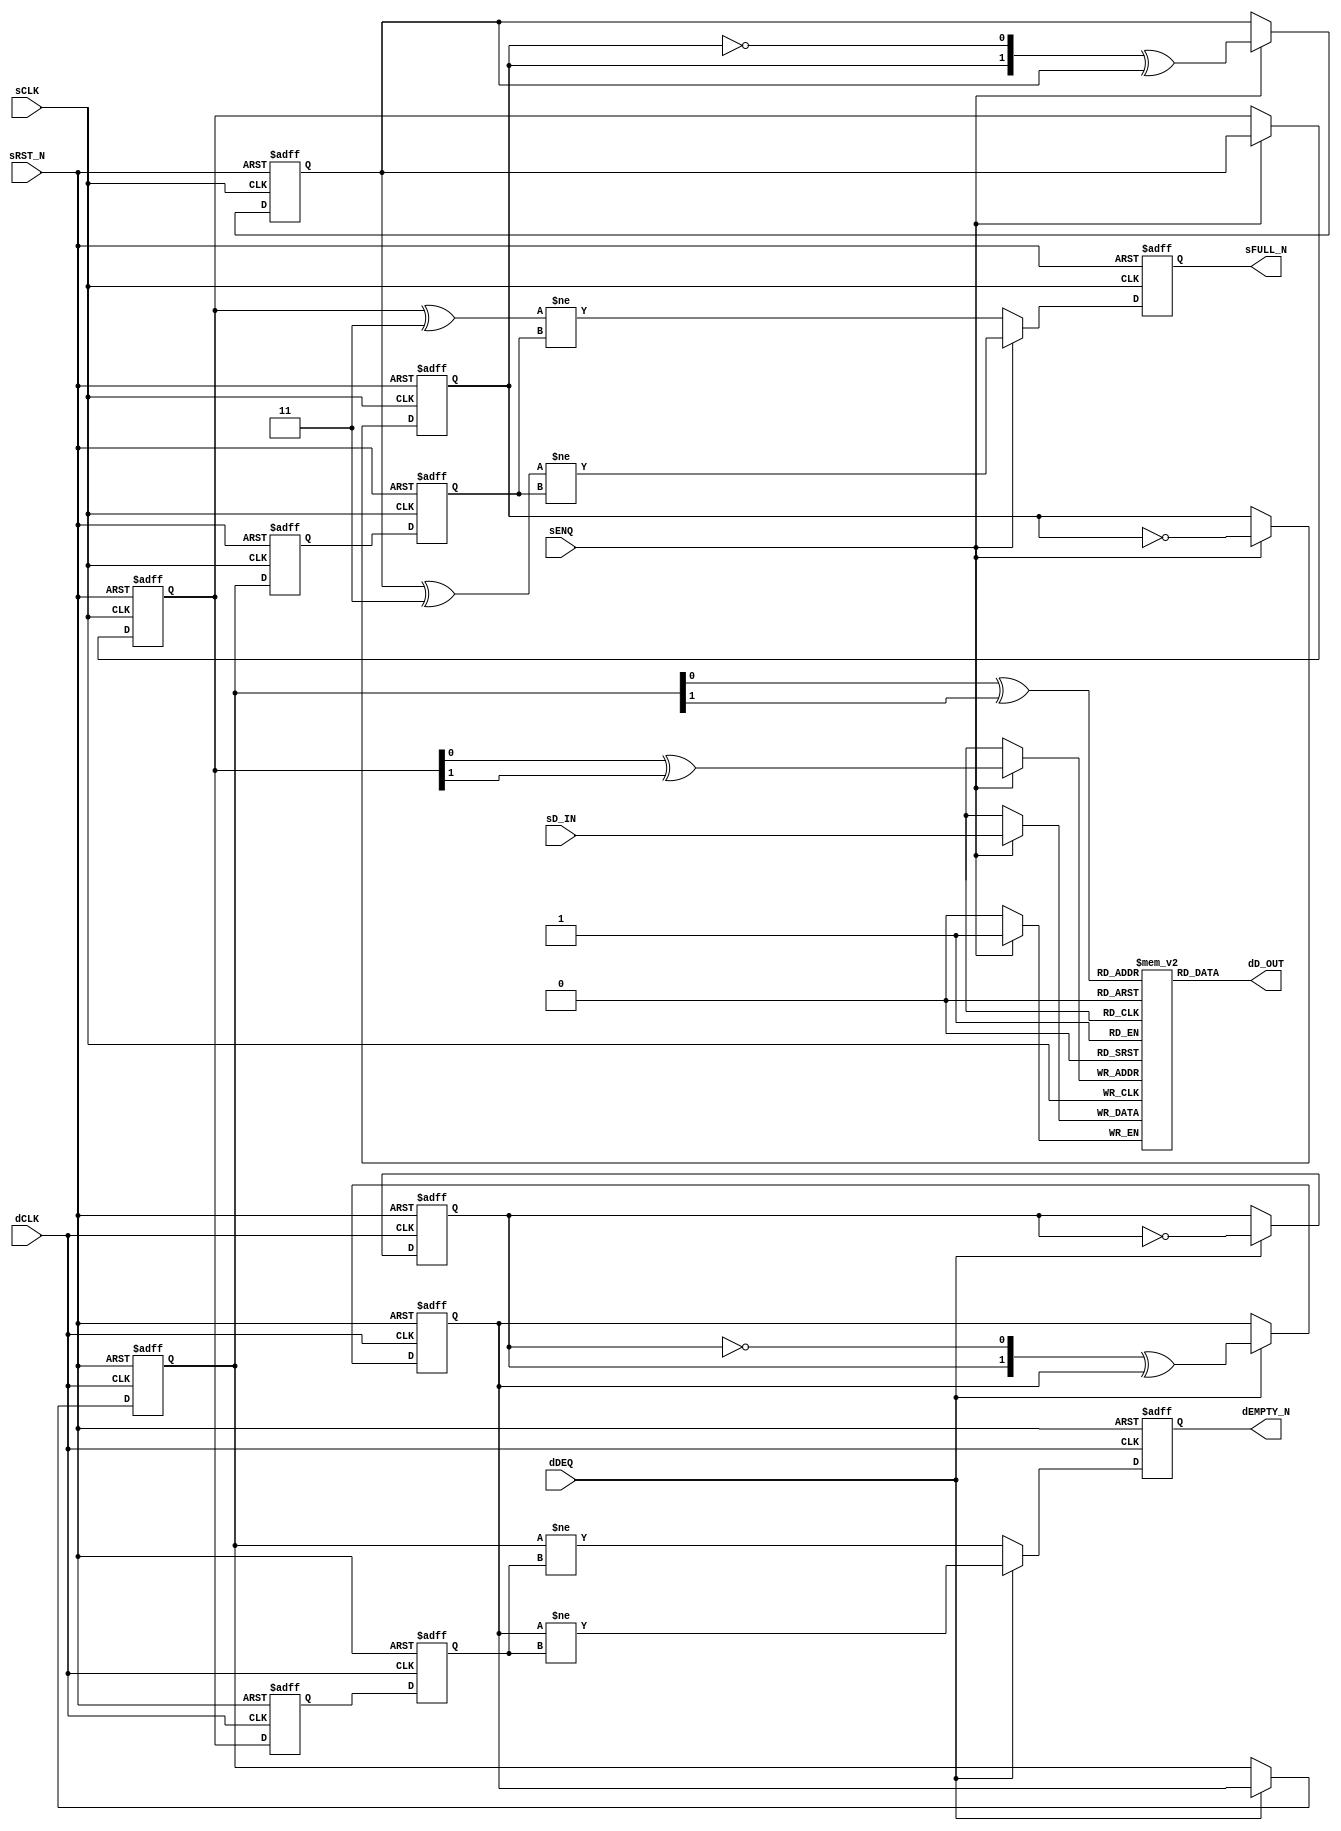

// Copyright (c) 2000-2009 Bluespec, Inc.

// Permission is hereby granted, free of charge, to any person obtaining a copy
// of this software and associated documentation files (the "Software"), to deal
// in the Software without restriction, including without limitation the rights
// to use, copy, modify, merge, publish, distribute, sublicense, and/or sell
// copies of the Software, and to permit persons to whom the Software is
// furnished to do so, subject to the following conditions:

// The above copyright notice and this permission notice shall be included in
// all copies or substantial portions of the Software.

// THE SOFTWARE IS PROVIDED "AS IS", WITHOUT WARRANTY OF ANY KIND, EXPRESS OR
// IMPLIED, INCLUDING BUT NOT LIMITED TO THE WARRANTIES OF MERCHANTABILITY,
// FITNESS FOR A PARTICULAR PURPOSE AND NONINFRINGEMENT. IN NO EVENT SHALL THE
// AUTHORS OR COPYRIGHT HOLDERS BE LIABLE FOR ANY CLAIM, DAMAGES OR OTHER
// LIABILITY, WHETHER IN AN ACTION OF CONTRACT, TORT OR OTHERWISE, ARISING FROM,
// OUT OF OR IN CONNECTION WITH THE SOFTWARE OR THE USE OR OTHER DEALINGS IN
// THE SOFTWARE.
//
// $Revision: 17872 $
// $Date: 2009-09-18 14:32:56 +0000 (Fri, 18 Sep 2009) $

`ifdef BSV_ASSIGNMENT_DELAY
`else
`define BSV_ASSIGNMENT_DELAY
`endif

// A clock synchronization FIFO where the enqueue and dequeue sides are in 
// different clock domains.
// There are no restrictions w.r.t. clock frequencies
// The depth of the FIFO must be a power of 2 (2,4,8,...) since the
// indexing uses a grey code counter.
// FULL and EMPTY signal are pessimistic, that is, they are asserted
// immediately when the FIFO becomes FULL or EMPTY, but their deassertion
// is delayed due to synchronization latency.
module SyncFIFO(
                sCLK,
                sRST_N,
                dCLK,
                sENQ,
                sD_IN,
                sFULL_N,
                dDEQ,
                dD_OUT,
                dEMPTY_N
                ) ;

   // synopsys template   

   parameter                 dataWidth = 1 ;
   parameter                 depth = 2 ; // minimum 2
   parameter                 indxWidth = 1 ; // minimum 1
   parameter                 regFull = 1;
   parameter                 regEmpty = 1;
   
   // input clock domain ports
   input                     sCLK ;
   input                     sRST_N ;
   input                     sENQ ;
   input [dataWidth -1 : 0]  sD_IN ;
   output                    sFULL_N ;
   
   // destination clock domain ports
   input                     dCLK ;
   input                     dDEQ ;
   output                    dEMPTY_N ;
   output [dataWidth -1 : 0] dD_OUT ;
   
   // constants for bit masking of the gray code
   wire [indxWidth : 0]      msbset = 'b1 << indxWidth ;
   wire [indxWidth - 1 : 0]  msb2set = 'b1 << (indxWidth -1) ;
   wire [indxWidth : 0]      msb12set = msbset | {1'b0, msb2set} ; // 'b11000...

   // FIFO Memory
   reg [dataWidth -1 : 0]    fifoMem [0: depth -1 ] ;

   // Enqueue Pointer support
   reg [indxWidth : 0]       sGEnqPtr, sGEnqPtr1 ; // Flops
   reg                       sNotFullReg ;
   reg                       sGToggle;   
   wire                      sNextNotFull, sFutureNotFull ;   

   // Dequeue Pointer support
   reg [indxWidth : 0]       dGDeqPtr, dGDeqPtr1 ; // Flops
   reg                       dNotEmptyReg ;
   reg                       dGToggle;
   
   wire                      dNextNotEmpty, dFutureNotEmpty;

   // Reset generation
   wire                      dRST_N ;
   
   // flops to sychronize enqueue and dequeue point across domains
   reg [indxWidth : 0]       dSyncReg1, dEnqPtr ;
   reg [indxWidth : 0]       sSyncReg1, sDeqPtr ;
   
   wire [indxWidth - 1 :0]   sEnqPtrIndx, dDeqPtrIndx ;

   // Resets
   assign                    dRST_N = sRST_N ;
   
   // Outputs
   assign                    dD_OUT   = fifoMem[dDeqPtrIndx] ;   
   assign                    dEMPTY_N = regEmpty ? dNotEmptyReg : dNextNotEmpty ;
   assign                    sFULL_N  = regFull  ? sNotFullReg  : sNextNotFull ;
   

   // Indexes are truncated from the Gray counter
   assign                    sEnqPtrIndx = sGEnqPtr[indxWidth-1:0] ^ (sGEnqPtr[indxWidth:1] & msb2set ) ;
   assign                    dDeqPtrIndx = dGDeqPtr[indxWidth-1:0] ^ (dGDeqPtr[indxWidth:1] & msb2set ) ;

   // Fifo memory write
   always @(posedge sCLK)
     begin
        if ( sENQ )
          fifoMem[sEnqPtrIndx] <= `BSV_ASSIGNMENT_DELAY sD_IN ;         
     end // always @ (posedge sCLK)

   ////////////////////////////////////////////////////////////////////////
   // Enqueue Pointer and increment logic
   assign sNextNotFull   = (sGEnqPtr  ^ msb12set) != sDeqPtr ;
   assign sFutureNotFull = (sGEnqPtr1 ^ msb12set) != sDeqPtr ;
   
   always @(posedge sCLK or negedge sRST_N)
     begin
        if (sRST_N == 0)
          begin
             sGEnqPtr    <= `BSV_ASSIGNMENT_DELAY {(indxWidth +1 ) {1'b0}} ;
             sGEnqPtr1   <= `BSV_ASSIGNMENT_DELAY { {indxWidth {1'b0}}, 1'b1} ;
             sGToggle    <= `BSV_ASSIGNMENT_DELAY 1'b1 ;  
             sNotFullReg <= `BSV_ASSIGNMENT_DELAY 1'b0 ; // Mark as full during reset to avoid spurious loads
          end // if (sRST_N == 0)
        else
           begin
              if ( sENQ )
                begin
                   sGEnqPtr1   <= `BSV_ASSIGNMENT_DELAY incrGray( sGEnqPtr1, sGToggle ) ;
                   sGEnqPtr    <= `BSV_ASSIGNMENT_DELAY sGEnqPtr1 ;
                   sGToggle    <= `BSV_ASSIGNMENT_DELAY ~ sGToggle ;
                   sNotFullReg <= `BSV_ASSIGNMENT_DELAY sFutureNotFull ;             
                end // if ( sENQ )
              else
                begin
                   sNotFullReg <= `BSV_ASSIGNMENT_DELAY  sNextNotFull ;
                end // else: !if( sENQ )
           end // else: !if(sRST_N == 0)
     end // always @ (posedge sCLK or negedge sRST_N)
      
   
   // Enqueue pointer synchronizer to dCLK
   always @(posedge dCLK  or negedge dRST_N)
     begin
        if (dRST_N == 0)
          begin
             dSyncReg1 <= `BSV_ASSIGNMENT_DELAY {(indxWidth + 1) {1'b0}} ;
             dEnqPtr   <= `BSV_ASSIGNMENT_DELAY {(indxWidth + 1) {1'b0}} ;
          end // if (dRST_N == 0)        
        else
          begin
             dSyncReg1 <= `BSV_ASSIGNMENT_DELAY sGEnqPtr ; // Clock domain crossing
             dEnqPtr   <= `BSV_ASSIGNMENT_DELAY dSyncReg1 ;
          end // else: !if(dRST_N == 0)
     end // always @ (posedge dCLK  or negedge dRST_N)
   ////////////////////////////////////////////////////////////////////////

   
   ////////////////////////////////////////////////////////////////////////
   // Enqueue Pointer and increment logic
   assign dFutureNotEmpty = dGDeqPtr1 != dEnqPtr ;
   assign dNextNotEmpty   = dGDeqPtr  != dEnqPtr ;
   
   always @(posedge dCLK or negedge dRST_N)
     begin
        if (dRST_N == 0)
          begin
             dGDeqPtr     <= `BSV_ASSIGNMENT_DELAY {(indxWidth + 1) {1'b0}} ;
             dGDeqPtr1    <= `BSV_ASSIGNMENT_DELAY {{indxWidth {1'b0}}, 1'b1 } ;
             dGToggle     <= `BSV_ASSIGNMENT_DELAY 1'b1 ;  
             dNotEmptyReg <= `BSV_ASSIGNMENT_DELAY 1'b0 ; 
          end // if (dRST_N == 0)
        else
           begin
              if ( dDEQ )
                begin
                   dGDeqPtr     <= `BSV_ASSIGNMENT_DELAY dGDeqPtr1 ;
                   dGDeqPtr1    <= `BSV_ASSIGNMENT_DELAY incrGray( dGDeqPtr1, dGToggle );
                   dGToggle     <= `BSV_ASSIGNMENT_DELAY ~ dGToggle ;             
                   dNotEmptyReg <= `BSV_ASSIGNMENT_DELAY dFutureNotEmpty ;             
                end // if ( dDEQ )
              else
                begin
                   dNotEmptyReg <= `BSV_ASSIGNMENT_DELAY dNextNotEmpty ;
                end // else: !if( dDEQ )
           end // else: !if(dRST_N == 0)
     end // always @ (posedge dCLK or negedge dRST_N)
   
    // Dequeue pointer synchronized to sCLK 
    always @(posedge sCLK  or negedge sRST_N)
      begin
         if (sRST_N == 0)
           begin
              sSyncReg1 <= `BSV_ASSIGNMENT_DELAY {(indxWidth + 1) {1'b0}} ;
              sDeqPtr   <= `BSV_ASSIGNMENT_DELAY regFull ? {(indxWidth + 1) {1'b0}} : msb12set ; // When reset mark as not empty
           end // if (sRST_N == 0)         
         else
           begin
              sSyncReg1 <= `BSV_ASSIGNMENT_DELAY dGDeqPtr ; // clock domain crossing
              sDeqPtr   <= `BSV_ASSIGNMENT_DELAY sSyncReg1 ;
           end // else: !if(sRST_N == 0)
      end // always @ (posedge sCLK  or negedge sRST_N)
   ////////////////////////////////////////////////////////////////////////

`ifdef BSV_NO_INITIAL_BLOCKS
`else // not BSV_NO_INITIAL_BLOCKS
   // synopsys translate_off
   initial
     begin : initBlock
        integer i ;
        
        // initialize the FIFO memory with aa's
        for (i = 0; i < depth; i = i + 1)
          begin
             fifoMem[i] = {((dataWidth + 1)/2){2'b10}} ;
          end

        // initialize the pointer
        sGEnqPtr = {((indxWidth + 1)/2){2'b10}} ;
        sGEnqPtr1 = sGEnqPtr ;
        sNotFullReg = 1'b0 ;

        dGDeqPtr = sGEnqPtr ;
        dGDeqPtr1 = sGEnqPtr ;
        dNotEmptyReg = 1'b0;
        
          
        // initialize other registers
        sSyncReg1 = sGEnqPtr ;
        sDeqPtr   = sGEnqPtr ;
        dSyncReg1 = sGEnqPtr ;
        dEnqPtr   = sGEnqPtr ;
     end // block: initBlock
   // synopsys translate_on
   

   
   // synopsys translate_off
   initial
     begin : parameter_assertions
        integer ok ;
        integer i, expDepth ;

        ok = 1;
        expDepth = 1 ;

        // calculate x = 2 ** (indxWidth - 1)
        for( i = 0 ; i < indxWidth ; i = i + 1 )
          begin
             expDepth = expDepth * 2 ;
          end // for ( i = 0 ; i < indxWidth ; i = i + 1 )
        
        if ( expDepth != depth )
          begin
             ok = 0;
             $display ( "ERROR SyncFiFO.v: index size and depth do not match;" ) ;
             $display ( "\tdepth must equal 2 ** index size. expected %0d", expDepth );
          end
        
        #0
        if ( ok == 0 ) $finish ;
                   
      end // initial begin
   // synopsys translate_on
`endif // BSV_NO_INITIAL_BLOCKS

   function [indxWidth:0] incrGray ;      
      input [indxWidth:0] grayin; 
      input toggle ;
      
      begin: incrGrayBlock
         integer               i;
         reg [indxWidth: 0]    tempshift;
         reg [indxWidth: 0]    flips;         
        
         flips[0] = ! toggle ;
         for ( i = 1 ; i < indxWidth ; i = i+1 )
           begin
              tempshift = grayin << (2 + indxWidth - i ) ;
              flips[i]  = toggle & grayin[i-1] & ~(| tempshift ) ;
           end
         tempshift = grayin << 2 ;
         flips[indxWidth] = toggle & ~(| tempshift ) ;        
         
         incrGray = flips ^ grayin ;         
      end
   endfunction
   
endmodule // FIFOSync

   
`ifdef testBluespec
module testSyncFIFO() ;
   parameter dsize = 8;
   parameter fifodepth = 32;
   parameter fifoidx = 5;
   
   wire      sCLK,  dCLK, dRST_N ;
   wire      sENQ, dDEQ;
   wire      sFULL_N, dEMPTY_N ;     
   wire [dsize -1:0] sDIN, dDOUT ;

   reg [dsize -1:0]  sCNT, dCNT ;
   reg sRST_N, sCLR ;
   
   ClockGen#(15,14,10)  sc( sCLK );
   ClockGen#(11,12,2600)  dc( dCLK );

   initial
     begin
        sCNT = 0;
        dCNT = 0;
        sCLR = 1'b0 ;
        
        sRST_N = 0 ;
        $display( "running test" ) ;
        
        $dumpfile("SyncFIFO.vcd");
        $dumpvars(5) ;
        $dumpon ;
        #200 ;
        sRST_N = 1 ;
        
          
        #100000 $finish ;
     end // initial begin
   initial
     begin
        #50000 ;
        @(posedge sCLK ) ;
        sCLR <= `BSV_ASSIGNMENT_DELAY 1'b1 ;
        @(posedge sCLK ) ;
        sCLR <= `BSV_ASSIGNMENT_DELAY 1'b0 ;
        
      end
   
   SyncFIFO #(dsize,fifodepth,fifoidx,0,0)
     dut( sCLK, sRST_N, dCLK, sENQ, sDIN, 
          sFULL_N, // sCLR,
          dDEQ, dDOUT, dEMPTY_N );
   
   assign sDIN = sCNT ;
   assign sENQ = sFULL_N ;
   
   
   always @(posedge sCLK)
     begin
        if (sENQ )
          begin
             sCNT <= `BSV_ASSIGNMENT_DELAY sCNT + 1;
          end
      end // always @ (posedge sCLK)

   assign dDEQ = dEMPTY_N ;
   
   always @(posedge dCLK)
     begin
        if (dDEQ )
           begin
              $display( "dequeing %d", dDOUT ) ;
           end
     end // always @ (posedge dCLK)
   
endmodule // testSyncFIFO
`endif